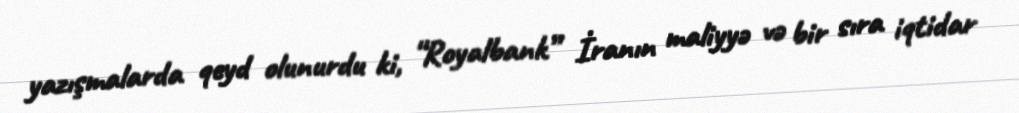
yazışmalarda qeyd olunurdu ki, “Royalbank” İranın maliyyə və bir sıra iqtidar